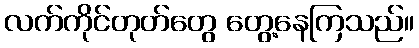
လက်ကိုင်တုတ်တွေ တွေ့နေကြသည်။